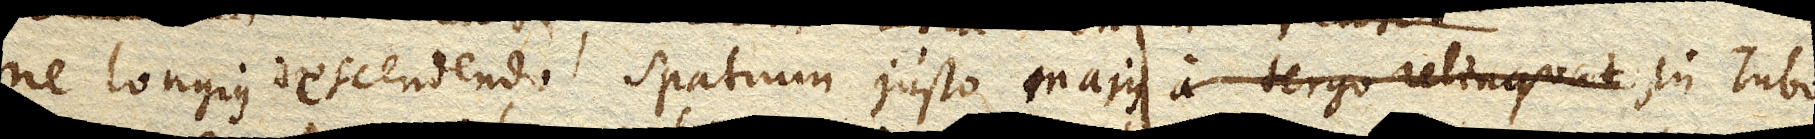
ne longius descendendo spatium justo majus a tergo relinquat